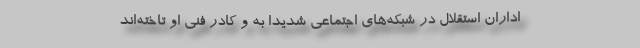
اداران استقلال در شبکه‌های اجتماعی شدیداً به و کادر فنی او تاخته‌اند